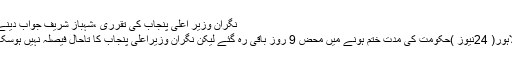
نگران وزیر اعلیٰ پنجاب کی تقرری ،شہباز شریف جواب دینے
لاہور( 24نیوز )حکومت کی مدت ختم ہونے میں محض 9 روز باقی رہ گئے لیکن نگران وزیراعلیٰ پنجاب کا تاحال فیصلہ نہیں ہوسکا۔